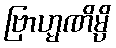
ဗြာဟ္မဏိမ္ပိ